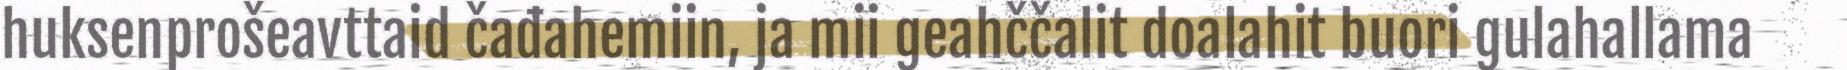
huksenprošeavttaid čađahemiin, ja mii geahččalit doalahit buori gulahallama